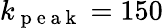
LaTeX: k_{\mathrm{~p~e~a~k~}}=150